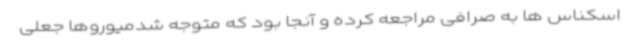
اسکناس ها به صرافی مراجعه کرده و آنجا بود که متوجه شدمیوروها جعلی